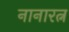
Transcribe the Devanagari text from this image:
नानारत्न